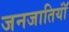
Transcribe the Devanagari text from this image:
जनजातियॉं